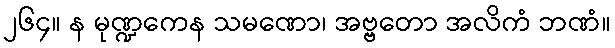
၂၆၄။ န မုဏ္ဍကေန သမဏော၊ အဗ္ဗတော အလိကံ ဘဏံ။